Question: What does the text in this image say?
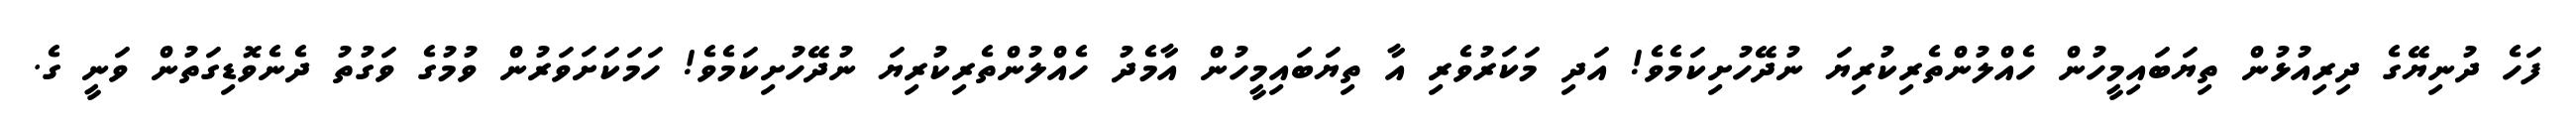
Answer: ފަހެ ދުނިޔޭގެ ދިރިއުޅުން ތިޔަބައިމީހުން ހެއްލުންތެރިކުރިޔަ ނުދޭހުށިކަމެވެ! އަދި މަކަރުވެރި އާ ތިޔަބައިމީހުން އާމެދު ހެއްލުންތެރިކުރިޔަ ނުދޭހުށިކަމެވެ! ހަމަކަށަވަރުން ވުމުގެ ވަގުތު ދެނެވޮޑިގަތުން ވަނީ ގެ.